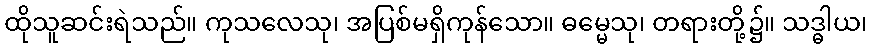
ထိုသူဆင်းရဲသည်။ ကုသလေသု၊ အပြစ်မရှိကုန်သော။ ဓမ္မေသု၊ တရားတို့၌။ သဒ္ဓါယ၊